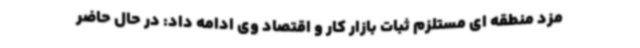
مزد منطقه ای مستلزم ثبات بازار کار و اقتصاد وی ادامه داد: در حال حاضر